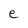
Character: e